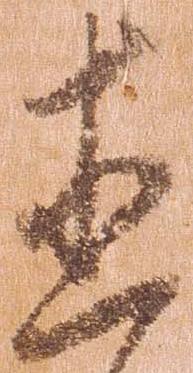
直